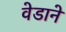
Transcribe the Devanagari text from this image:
वेडाने